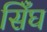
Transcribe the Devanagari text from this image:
सिँघ